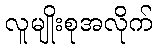
လူမျိုးစုအလိုက်